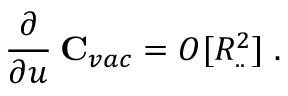
\frac { \partial } { \partial u } \: { \bf C } _ { v a c } = O [ R _ { . . } ^ { 2 } ] \; .